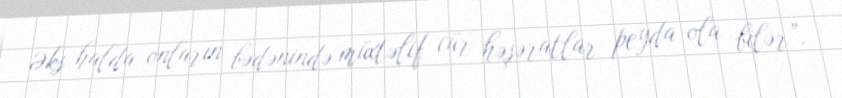
Əks halda onların bədənində müxtəlif cür həşəratlar peyda ola bilər”.